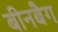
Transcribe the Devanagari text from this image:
बीनबैग